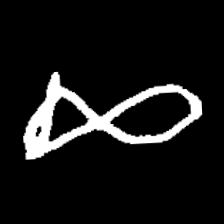
Pyu character \u2014 Myanmar letter: ဆ (romanized: cha)